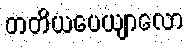
တတိယပေယျာလော